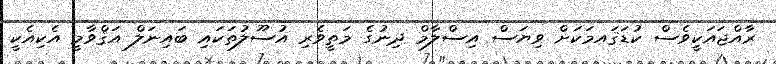
ރާއްޖައަކީވެސް ކުޑަޤައމަކަށް ވިޔަސް އިސްލާމް ދިނުގެ މަތީވެރި އުސޫލުތަކައި ބައިނަލް އަޤްވާމީ އެކިއެކީ